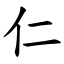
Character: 仁